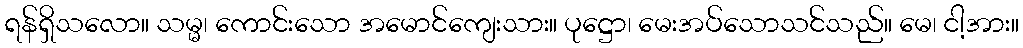
ရန်ရှိသလော။ သမ္မ၊ ကောင်းသော အမောင်ကျေးသား။ ပုဋ္ဌော၊ မေးအပ်သောသင်သည်။ မေ၊ ငါ့အား။